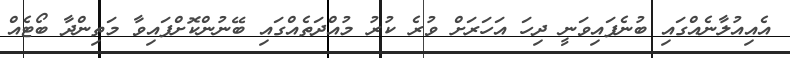
އެއިއުލާނެއްގައި ބުނެފައިވަނީ ދިހަ އަހަރަށް ވުރެ ކުރު މުއްދަތެއްގައި ބޭނުންކޮށްފައިވާ މަތިންދާ ބޯޓެއް